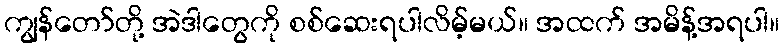
ကျွန်တော်တို့ အဲဒါတွေကို စစ်ဆေးရပါလိမ့်မယ်။ အထက် အမိန့်အရပါ။